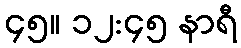
၄၅။ ၁၂:၄၅ နာရီ